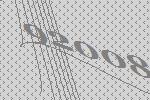
92008